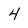
Character: 4